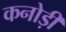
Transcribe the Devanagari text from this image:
कनोड़ी